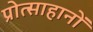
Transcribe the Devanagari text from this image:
प्रोत्साहानों